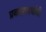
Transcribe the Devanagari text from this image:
प्रकाशवर्षाची